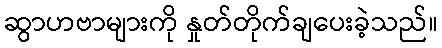
ဆွာဟဗာများကို နှုတ်တိုက်ချပေးခဲ့သည်။